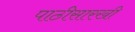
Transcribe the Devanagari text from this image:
पाठीसारखी